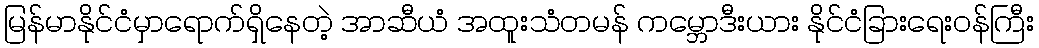
မြန်မာနိုင်ငံမှာရောက်ရှိနေတဲ့ အာဆီယံ အထူးသံတမန် ကမ္ဘောဒီးယား နိုင်ငံခြားရေးဝန်ကြီး